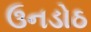
ઉનડોઠ